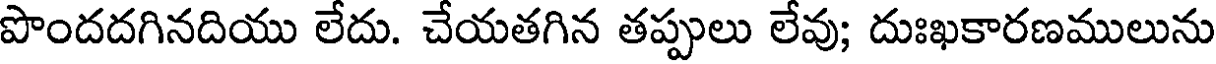
పొందదగినదియు లేదు. చేయతగిన తప్పులు లేవు; దుఃఖకారణములును